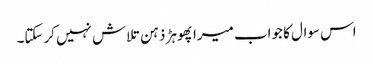
اس سوال کا جواب میرا پھوہڑ ذہن تلاش نہیں کرسکتا۔